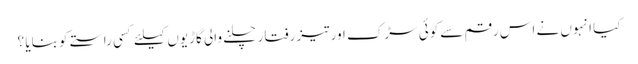
کیا انہوں نے اس رقم سےکوئی سڑک اور تیز رفتار چلنے والی گاڑیوں کیلئے کسی راستے کو بنایا ؟